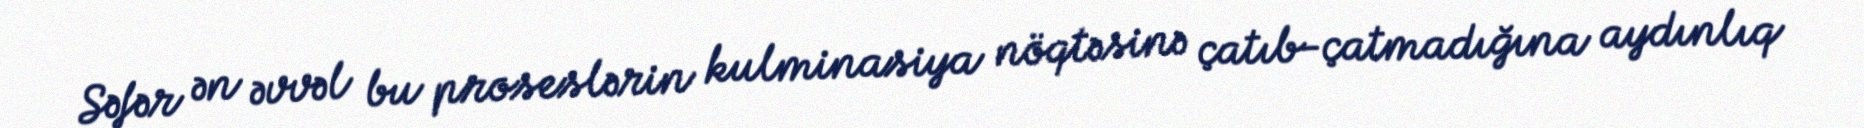
Səfər ən əvvəl bu proseslərin kulminasiya nöqtəsinə çatıb-çatmadığına aydınlıq